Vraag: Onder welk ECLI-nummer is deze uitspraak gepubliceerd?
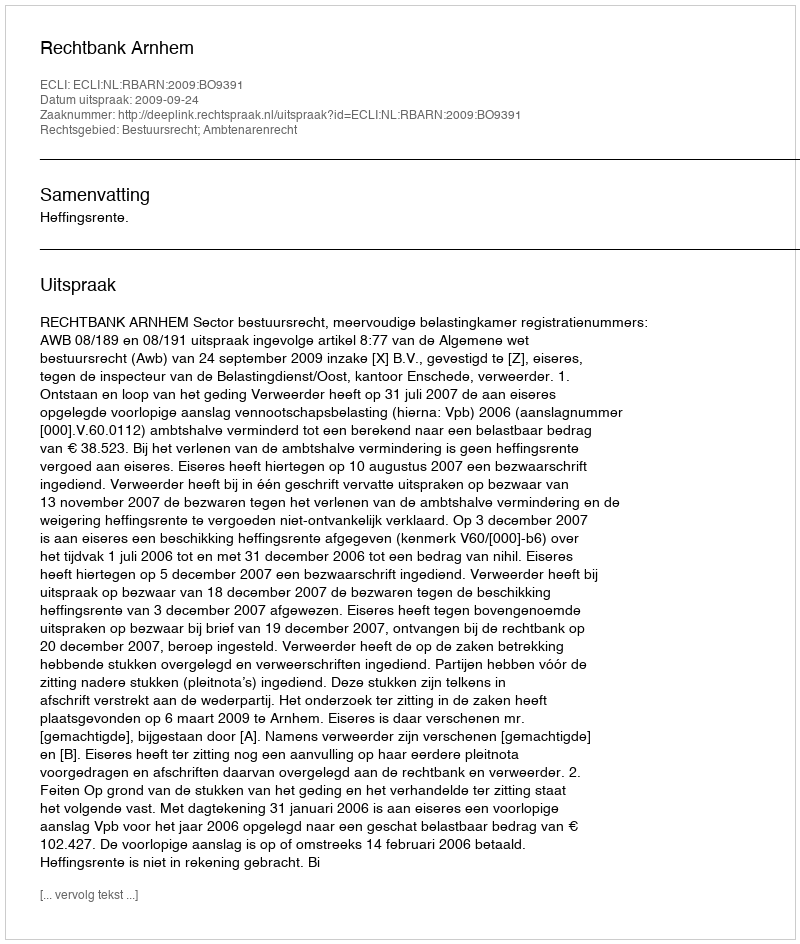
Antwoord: ECLI:NL:RBARN:2009:BO9391